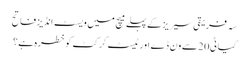
سہ فریقی سیریز کے پہلے میچ میں ویسٹ انڈیز فاتح
کیا ٹی20 سے ون ڈے اور ٹیسٹ کرکٹ کو خطرہ ہے؟